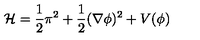
{ \cal H } = \frac { 1 } { 2 } \pi ^ { 2 } + \frac { 1 } { 2 } ( \nabla \phi ) ^ { 2 } + V ( \phi )